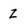
Character: Z